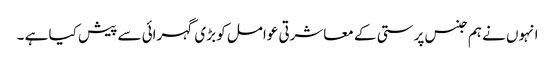
انہوں نے ہم جنس پرستی کے معاشرتی عوامل کو بڑی گہرائی سے پیش کیا ہے ۔